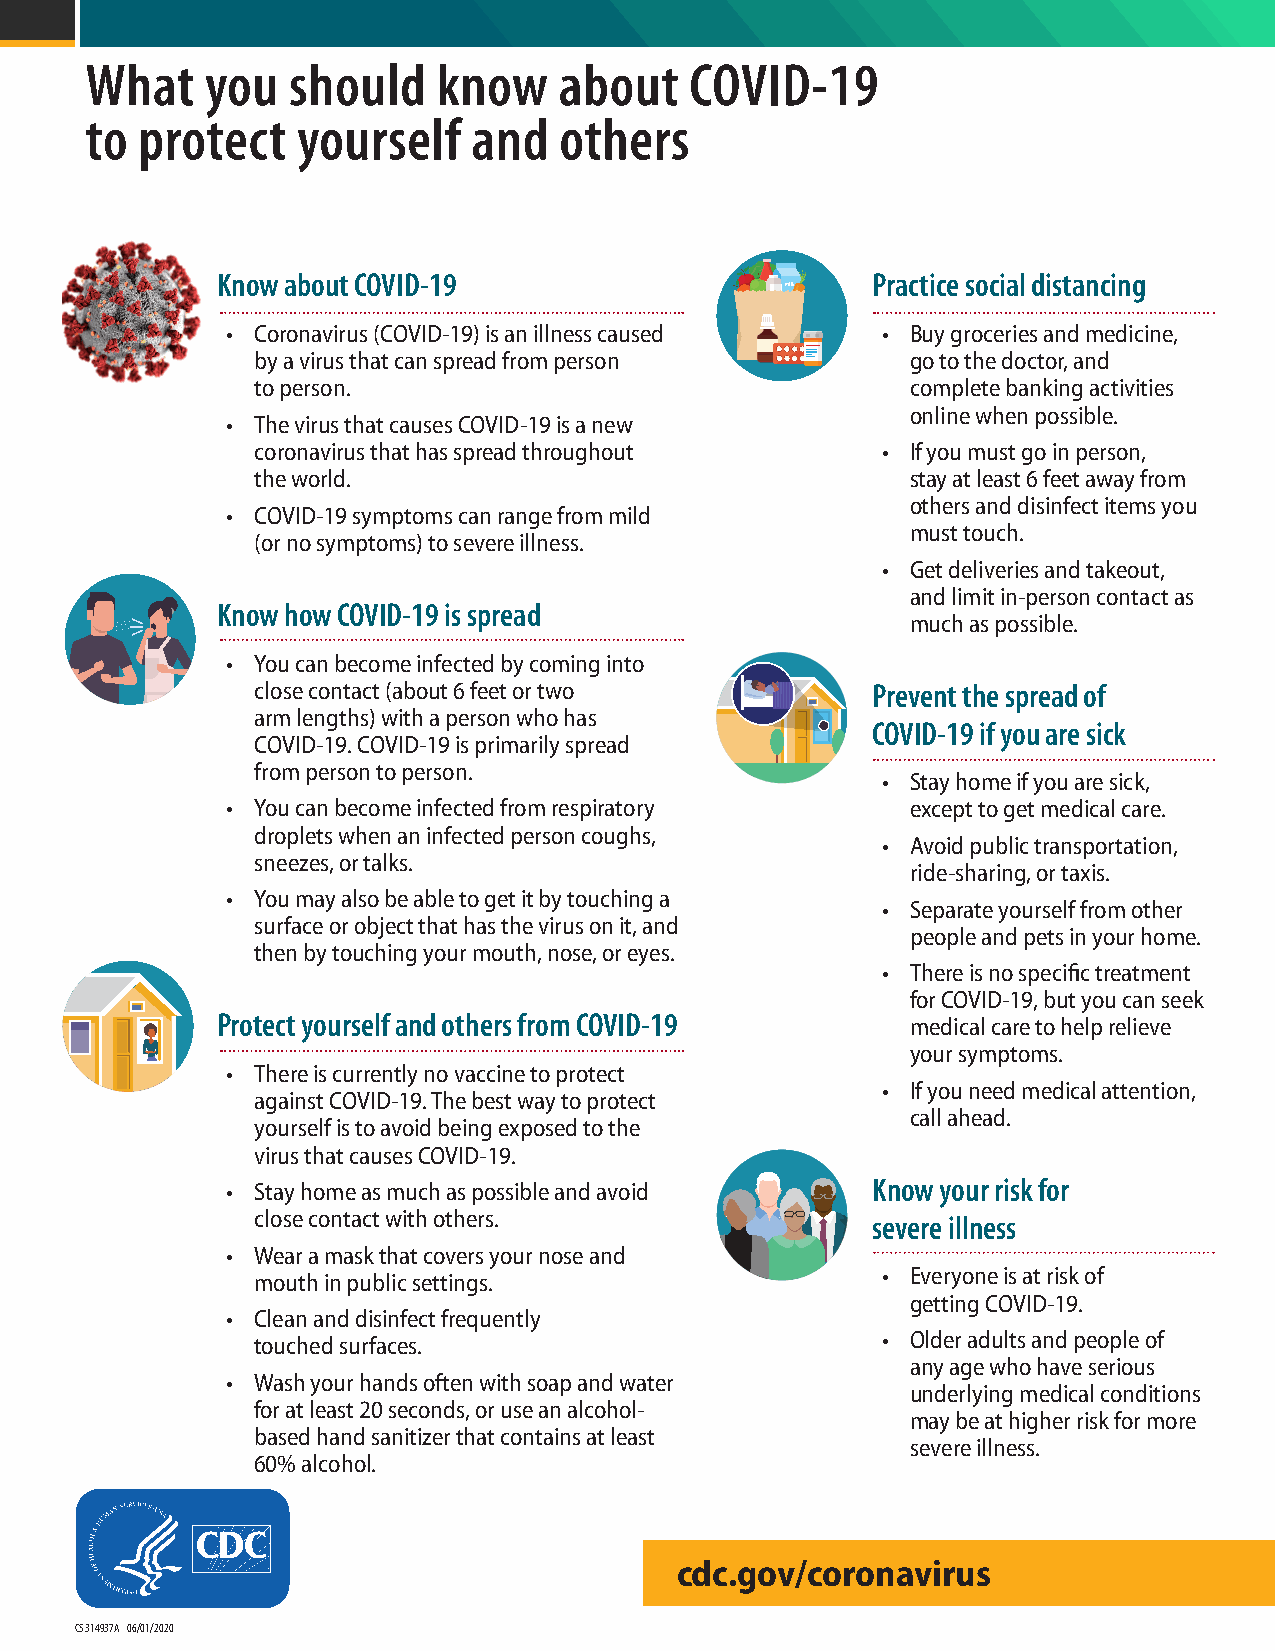
What    you  should    know    about    COVID-19
 to protect    yourself   and   others
 Know about COVID-19                         Practice social distancing
 milk
 • Coronavirus (COVID-19) is an illness caused • Buy groceries and medicine,
 by a virus that can spread from person     go to the doctor, and
 to person.                                 complete banking activities
 online when possible.
 • The virus that causes COVID-19 is a new
 coronavirus that has spread throughout   • If you must go in person,
 the world.                                 stay at least 6 feet away from
 others and disinfect items you
 • COVID-19 symptoms can range from mild
 must touch.
 (or no symptoms) to severe illness.
 • Get deliveries and takeout,
 and limit in-person contact as
 Know how COVID-19 is spread
 much as possible.
 • You can become infected by coming into
 close contact (about 6 feet or two       Prevent the spread of
 arm lengths) with a person who has
 COVID-19 if you are sick
 COVID-19. COVID-19 is primarily spread
 from person to person.
 • Stay home if you are sick,
 • You can become infected from respiratory   except to get medical care.
 droplets when an infected person coughs,
 • Avoid public transportation,
 sneezes, or talks.
 ride-sharing, or taxis.
 • You may also be able to get it by touching a
 • Separate yourself from other
 surface or object that has the virus on it, and
 people and pets in your home.
 then by touching your mouth, nose, or eyes.
 • There is no specific treatment
 for COVID-19, but you can seek
 Protect yourself and others from COVID-19     medical care to help relieve
 your symptoms.
 • There is currently no vaccine to protect
 • If you need medical attention,
 against COVID-19. The best way to protect
 call ahead.
 yourself is to avoid being exposed to the
 virus that causes COVID-19.
 • Stay home as much as possible and avoid  Know your risk for
 close contact with others.               severe illness
 • Wear a mask that covers your nose and
 mouth in public settings.                • Everyone is at risk of
 getting COVID-19.
 • Clean and disinfect frequently
 touched surfaces.                        • Older adults and people of
 any age who have serious
 • Wash your hands often with soap and water
 underlying medical conditions
 for at least 20 seconds, or use an alcohol-
 may be at higher risk for more
 based hand sanitizer that contains at least
 severe illness.
 60% alcohol.
 cdc.gov/coronavirus
 CS 314937A 06/01/2020